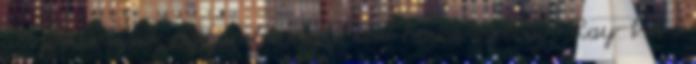
abszolút újdonságszámba menő acid house-os Vodoo Ray-t is ő